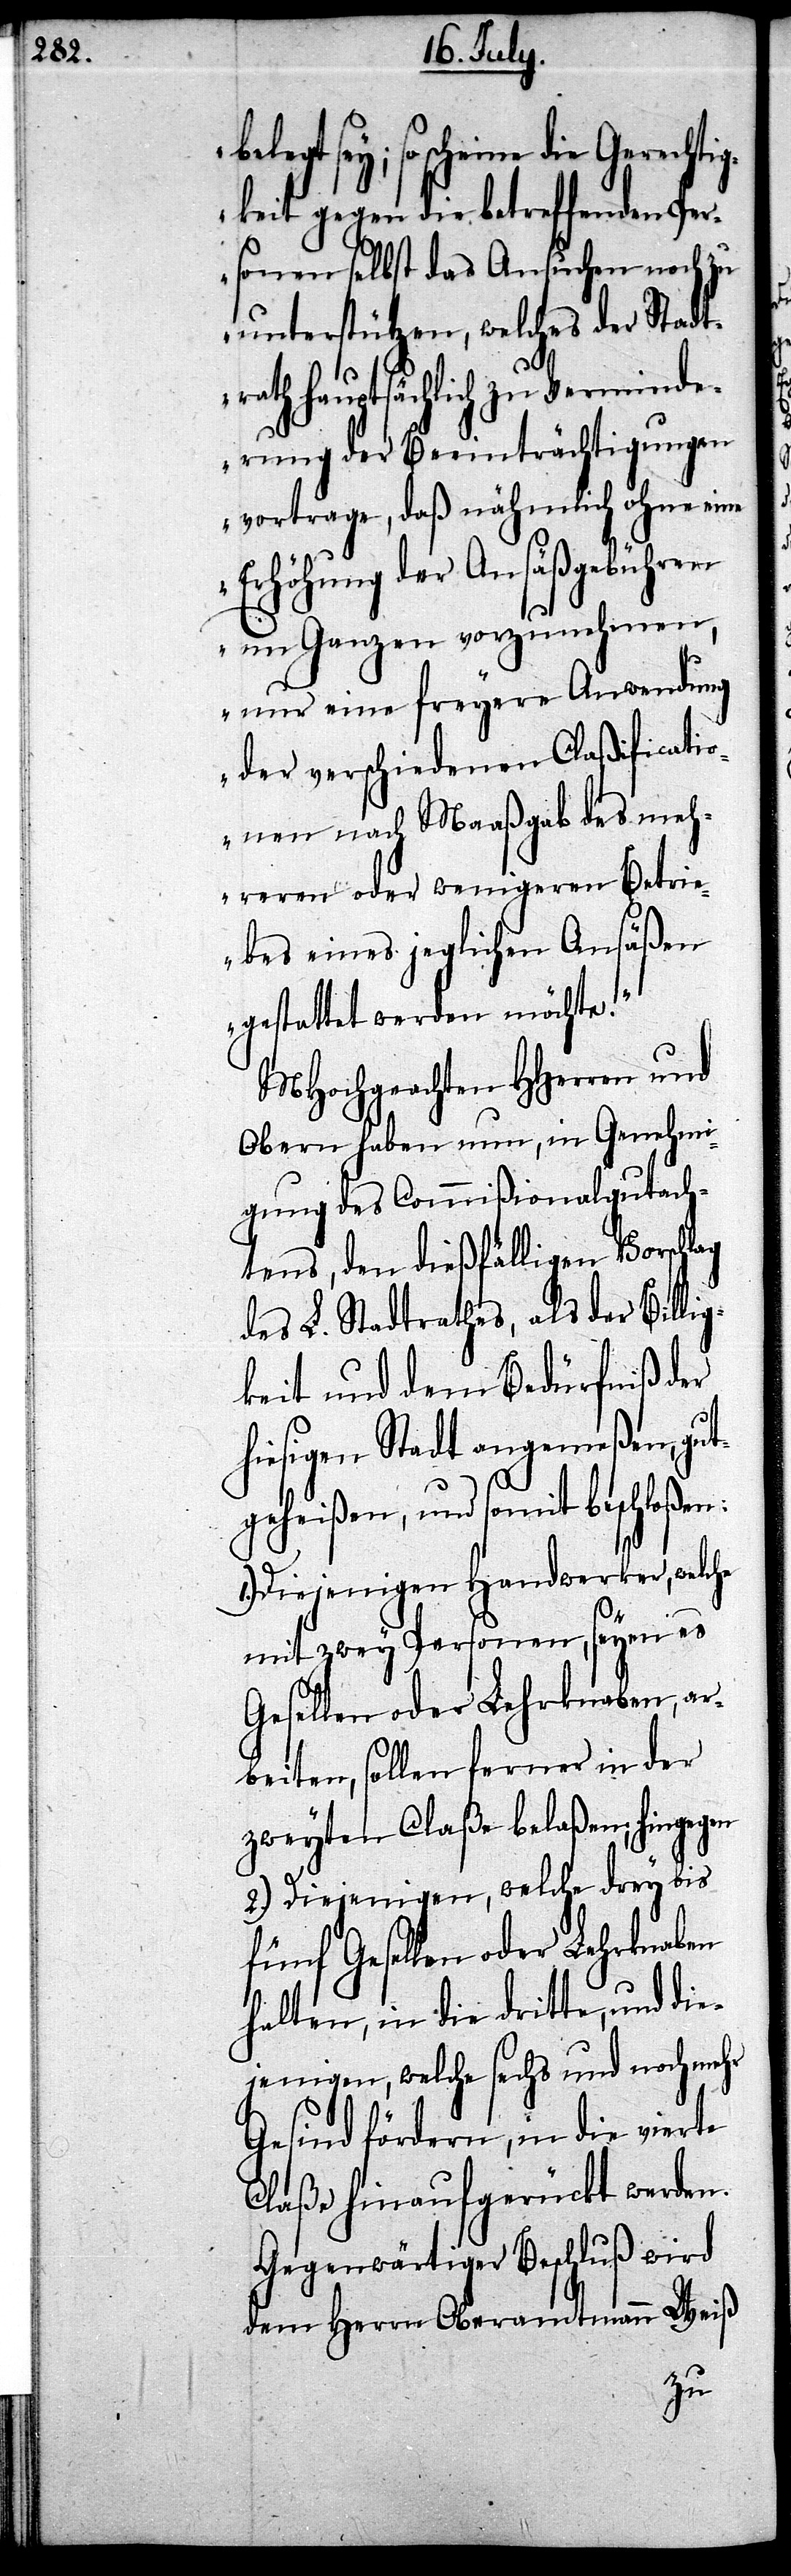
sey; so schiene die Gerechti¬
gkeit gegen die betreffenden Per¬
sonen selbst das Ansuchen noch zu
unterstützen, welches der Stadt¬
rath hauptsächlich zu Verminde¬
rung der Beeinträchtigungen
vortrage, daß nähmlich ohne eine
Erhöhung der Ansäßengebühren
im Ganzen vorzunehmen,
nur eine freyere Anwendung
der verschiedenen Claßificati¬
onen nach Maaßgab des meh¬
reren oder wenigeren Betri¬
ebes eines jeglichen Ansäßen
gestattet werden möchte.“
MHochgeachten HHerren und
Obern haben nun, in Genehmi¬
gung des Commißionalgutach¬
tens, den dießfälligen Vorschlag
des L. Stadtrathes, als der Billig¬
keit und dem Bedürfniß der
hiesigen Stadt angemeßen, gut¬
geheißen, und somit beschloßen:
1.) Diejenigen Handwerker, welche
mit zwey Personen, seyen es
Gesellen oder Lehrknaben, ar¬
beiten, sollen ferner in der
zweyten Claße belaßen,; hingegen
2.) Diejenigen, welche drey bis
fünf Gesellen oder Lehrknaben
halten, in die dritte, und die¬
jenigen, welche sechs oder noch mehr
Gesind fördern, in die vierte
Claße hinaufgerückt werden.
Gegenwärtiger Beschluß wird
dem Herrn Oberamtmann Weiß